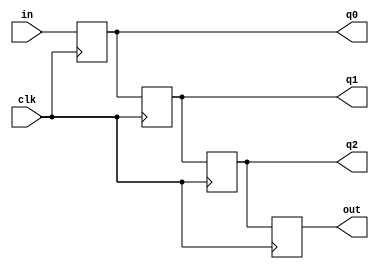
`timescale 1ns / 1ps

module Shift_register(q0, q1, q2, out, in, clk);
input in, clk;
output reg q0, q1, q2, out; 


always@(posedge clk)
begin
    q0  <= in;
    q1  <= q0;
    q2  <= q1;
    out <= q2;
end 
endmodule